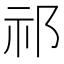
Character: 祁